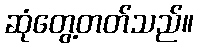
ဆုံတွေ့တတ်သည်။